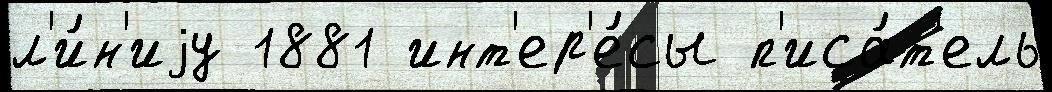
л'и́н'иjу 1881 инт'ер'е́сы п'иса́т'ель